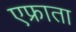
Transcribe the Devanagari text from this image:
एफ्राता